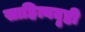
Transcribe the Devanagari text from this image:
साहित्यदृष्टी